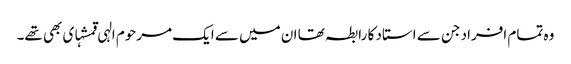
وہ تمام افراد جن سے استاد کا رابطہ تھا ان میں سے ایک مرحوم الہی قمشہ‏ای بھی تھے۔